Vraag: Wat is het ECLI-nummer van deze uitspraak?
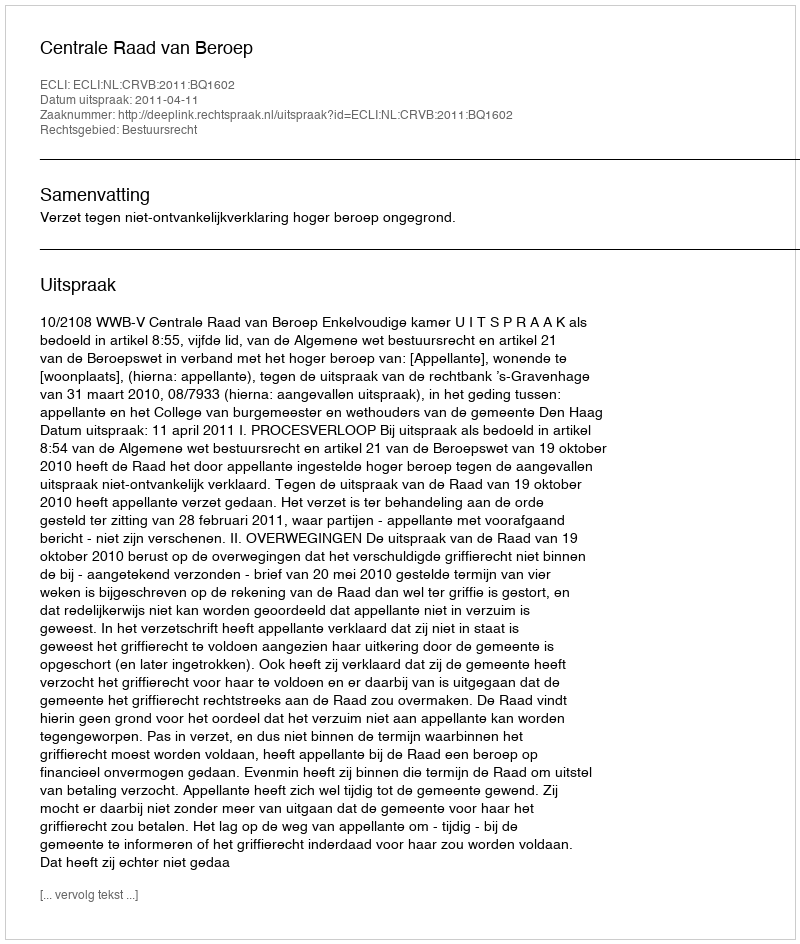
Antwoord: ECLI:NL:CRVB:2011:BQ1602